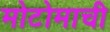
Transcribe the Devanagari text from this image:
मोटोमाची